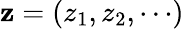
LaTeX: {\mathbf z}=(z_{1},z_{2},\cdots)